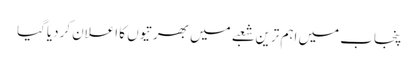
پنجاب میں اہم ترین شعبے میں بھرتیوں کا اعلان کردیاگیا